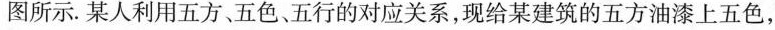
图所示。某人利用五方、五色、五行的对应关系，现给某建筑的五方油漆上五色，